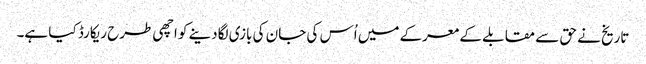
تاریخ نے حق سے مقابلے کے معرکے میں اُس کی جان کی بازی لگادینے کو اچھی طرح ریکارڈ کیا ہے۔